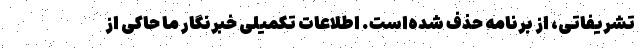
تشریفاتی، از برنامه حذف شده‌است. اطلاعات تکمیلی خبرنگار ما حاکی از